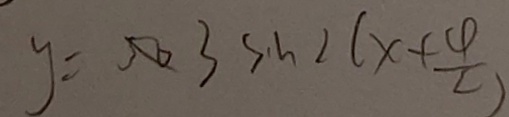
y = 5 0 3 s \cdot n 2 ( x + \frac { 4 } { c } )